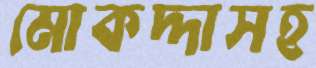
মোকদ্দাসহ